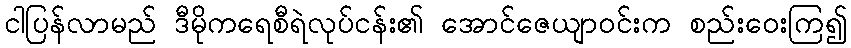
ငါပြန်လာမည် ဒီမိုကရေစီရဲလုပ်ငန်း၏ အောင်ဇေယျာဝင်းက စည်းဝေးကြ၍